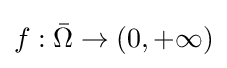
f:{\bar {\Omega }}\to (0,+\infty )